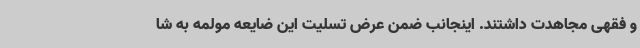
و فقهی مجاهدت داشتند. اینجانب ضمن عرض تسلیت این ضایعه مولمه به شا